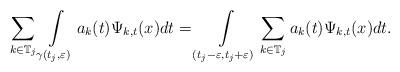
LaTeX: \begin{align*}\sum_{k\in\mathbb{T}_{j}}\int\limits_{\gamma(t_{j},\varepsilon)}a_{k}(t)\Psi_{k,t}(x)dt=\int\limits_{(t_{j}-\varepsilon,t_{j}+\varepsilon)}\sum_{k\in\mathbb{T}_{j}}a_{k}(t)\Psi_{k,t}(x)dt.\end{align*}